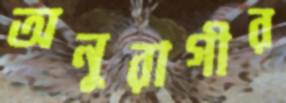
অনুরাগীর